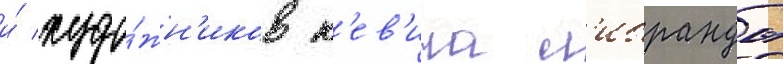
и́ худо́жн'иков к'ев'ина л'ибранды